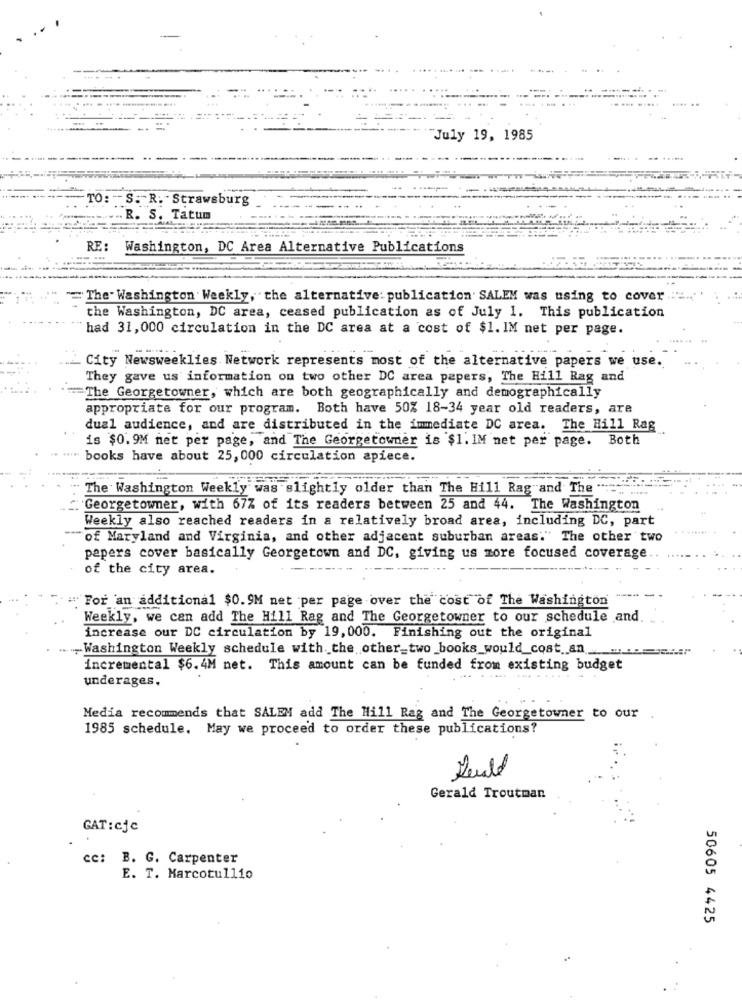
"July 19, 1985
.Strawsburg
Tatum
: Washington, DC Area Alternative Publications
The Washington Weekly, the alternative: publication SALEM was using to cover
the Washington, DC area, ceased publication as of July 1. This publication
had 31,000 circulation in the DC area at a cost of $1. IM net per page.
City Newsweeklies Network represents most of the alternative papers we use.
They gave us information on two other DC area papers, The Hill Rag and
The Georgetowner, which are both geographically and demographically
appropriate for our program. Both have 50% 18-34 year old readers, are
dual audience, and are distributed in the immediate DC area. The Hill Rag
is $0.9M net per page, and The Georgetowner is $1. 1M net per page. Both
books have about 25, 000 circulation apiece.
The Washington Weekly was slightly older than The Hill Rag and The
Georgetowner, with 67% of its readers between 25 and 44. The Washington
Weekly also reached readers in a relatively broad area, including DC, part
"of Maryland and Virginia, and other adjacent suburban areas." The other two
papers cover basically Georgetown and DC, giving us more focused coverage
of the city area.
# For an additional $0.9M net per page over the cost of The Washington
Weekly, we can add The Hill Rag and The Georgetowner to our schedule and
increase our DC circulation by 19, 000. Finishing out the original
. ... Washington Weekly schedule with. the other_two_books_would_cost. an
incremental $6.4M net. This amount can be funded from existing budget
underages.
Media recommends that SALEM add The Hill Rag and The Georgetowner to our
1985 schedule. May we proceed to order these publications?
Gerald Troutman
GAT: cfc
cc: B. G. Carpenter
E. T. Marcotullio
50605 4425